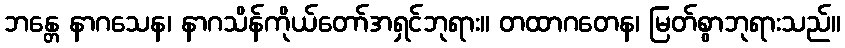
ဘန္တေ နာဂသေန၊ နာဂသိန်ကိုယ်တော်အရှင်ဘုရား။ တထာဂတေန၊ မြတ်စွာဘုရားသည်။